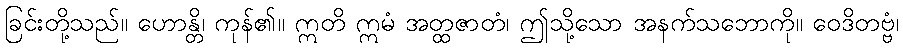
ခြင်းတို့သည်။ ဟောန္တိ၊ ကုန်၏။ ဣတိ ဣမံ အတ္ထဇာတံ၊ ဤသို့သော အနက်သဘောကို။ ဝေဒိတဗ္ဗံ၊